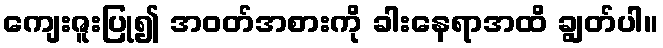
ကျေးဇူးပြု၍ အဝတ်အစားကို ခါးနေရာအထိ ချွတ်ပါ။